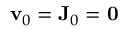
\mathbf { v } _ { 0 } = \mathbf { J } _ { 0 } = \mathbf { 0 }